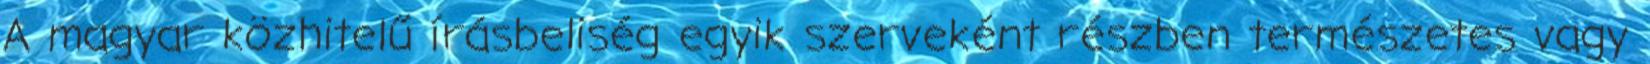
A magyar közhitelű írásbeliség egyik szerveként részben természetes vagy